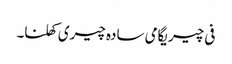
فی چیریگامی سادہ چیری کھلنا۔